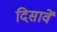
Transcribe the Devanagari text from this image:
दिसावें